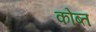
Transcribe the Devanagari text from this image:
कोब्त